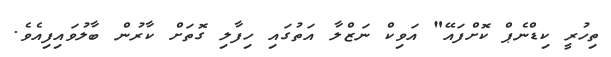
ތިހުރީ ކިޑްނެޕް ކޮށްފައޭ" އަވިކް ނަޒްލާ އަތުގައި ހިފާލި ގޮތަށް ކާރުން ބާލުވައިފިއެވެ.